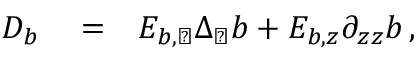
\begin{array} { r l r } { { \cal D } _ { b } } & { { } = } & { E _ { b , \perp } \Delta _ { \perp } b + E _ { b , z } \partial _ { z z } b \, , } \end{array}